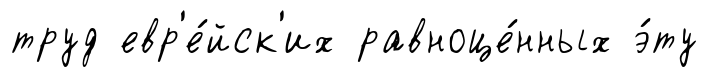
труд евр'е́йск'их равноце́нных э́ту